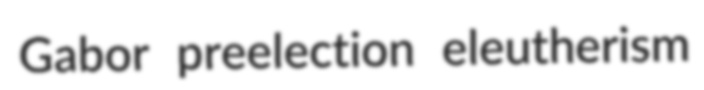
Gabor preelection eleutherism